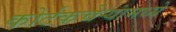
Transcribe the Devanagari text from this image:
कोर्टकचेर्‍यांमध्ये